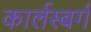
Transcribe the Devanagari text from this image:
कार्लस्बर्ग